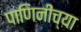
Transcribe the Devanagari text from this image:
पाणिनींच्या